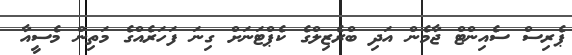
ޕެރިސް ސެއިންޓް ޖާމެން އަދި ބްރެޒިލްގެ ކެޕްޓަނަށް ގިނަ ފަހަރެއްގެ މަތިން މެސީއާ